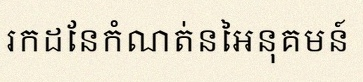
រកដែនកំណត់នៃអនុគមន៍